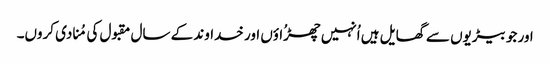
اور جو بیڑیوں سے گھایل ہیں اُنہیں چھڑُاؤں اور خداوند کے سال مقبول کی مُنادی کروں۔